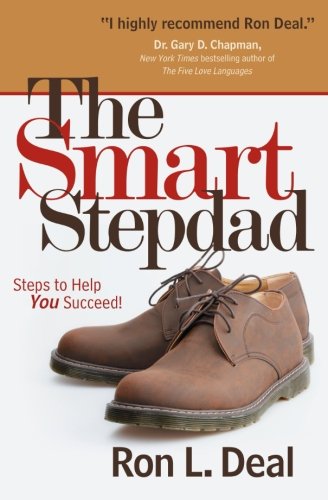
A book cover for The Smart Stepdad: Steps to Help You Succeed; Ron L. Deal; Parenting & Relationships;